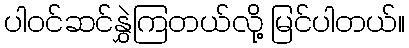
ပါဝင်ဆင်နွှဲကြတယ်လို့ မြင်ပါတယ်။